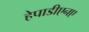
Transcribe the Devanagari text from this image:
हेपाडीएनए